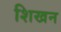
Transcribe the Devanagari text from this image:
शिखन